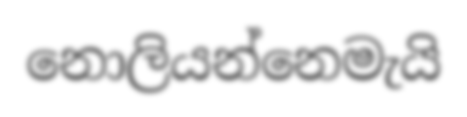
නොලියන්නෙමැයි